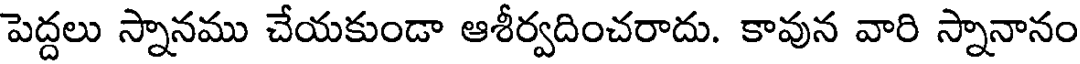
పెద్దలు స్నానము చేయకుండా ఆశీర్వదించరాదు. కావున వారి స్నానానం